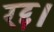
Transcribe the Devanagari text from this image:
रद्द।